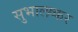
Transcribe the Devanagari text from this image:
सुभालष्कर